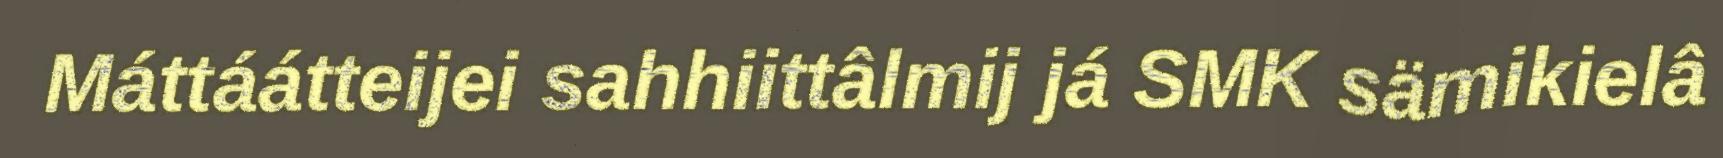
Máttáátteijei sahhiittâlmij já SMK sämikielâ